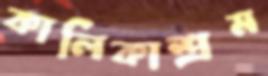
কালিকাশ্রম